Civil Veterinary Department Bengal reports 1933-51 - 1933-1951
Year: 1933
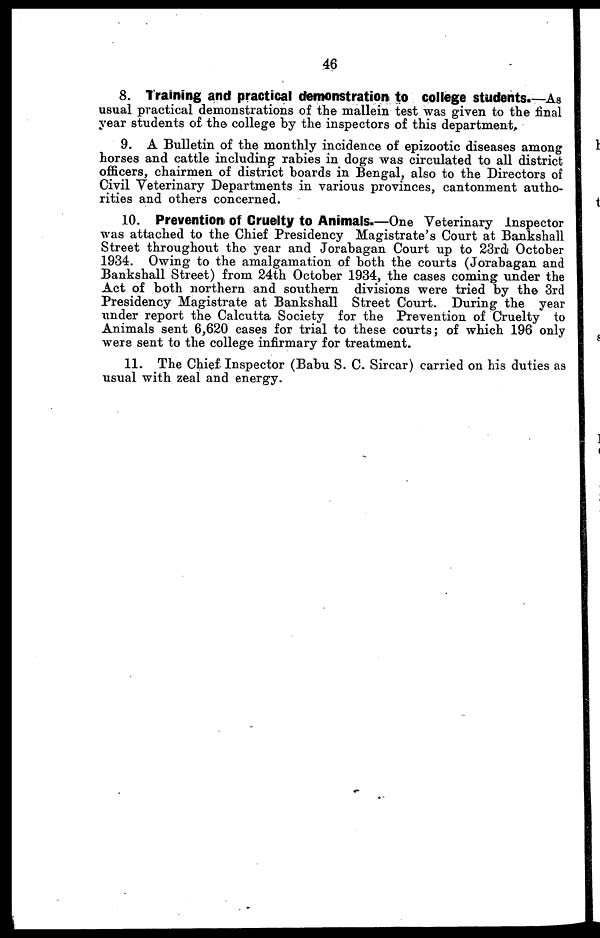
46
8. Training and practical demonstration to college students.—As
usual practical demonstrations of the mallein test was given to the final
year students of the college by the inspectors of this department.
9. A Bulletin of the monthly incidence of epizootic diseases among
horses and cattle including rabies in dogs was circulated to all district
officers, chairmen of district boards in Bengal, also to the Directors of
Civil Veterinary Departments in various provinces, cantonment autho-
rities and others concerned.
10. Prevention of Cruelty to Animals.—One Veterinary Inspector
was attached to the Chief Presidency Magistrate's Court at Bankshall
Street throughout the year and Jorabagan Court up to 23rd October
1934. Owing to the amalgamation of both the courts (Jorabagan and
Bankshall Street) from 24th October 1934, the cases coming under the
Act of both northern and southern divisions were tried by the 3rd
Presidency Magistrate at Bankshall Street Court. During the year
under report the Calcutta Society for the Prevention of Cruelty to
Animals sent 6,620 cases for trial to these courts; of which 196 only
were sent to the college infirmary for treatment.
11. The Chief Inspector (Babu S. C. Sircar) carried on his duties as
usual with zeal and energy.